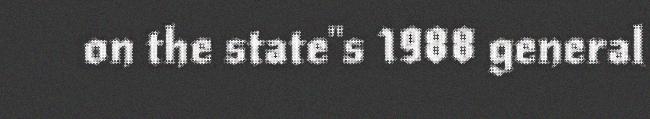
on the state"s 1988 general